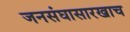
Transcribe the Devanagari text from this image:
जनसंघासारखाच